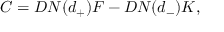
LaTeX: C = D N ( d _ { + } ) F - D N ( d _ { - } ) K ,